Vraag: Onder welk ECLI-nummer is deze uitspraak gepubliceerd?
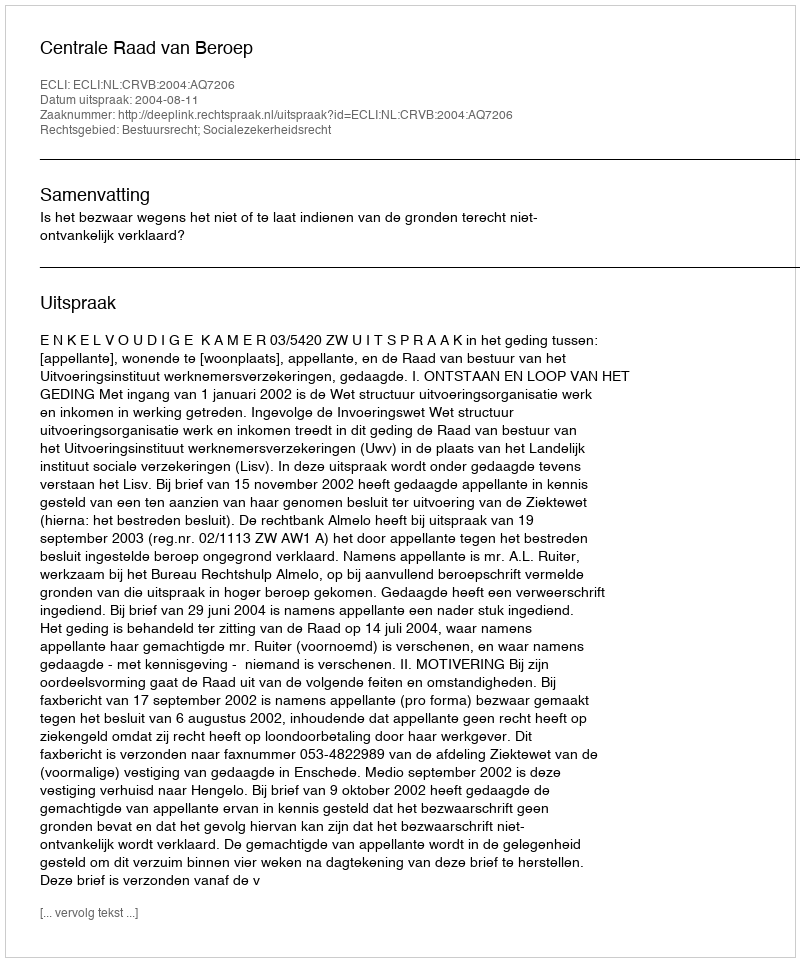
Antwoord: ECLI:NL:CRVB:2004:AQ7206